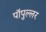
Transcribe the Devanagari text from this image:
पॉपुल्लर